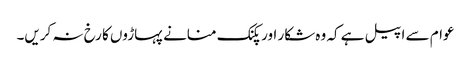
عوام سے اپیل ہے کہ وہ شکار اور پکنک منانے پہاڑوں کا رخ نہ کریں۔